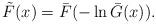
LaTeX: \begin{align*}{\tilde F}(x) = {\bar F}(-\ln {\bar G}(x) ).\end{align*}